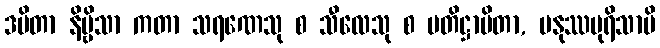
ဒမိတာ နိဗ္ဗိသာ ကတာ သရဏေသု စ သီလေသု စ ပတိဋ္ဌာပိတာ, မနုဿပုရိသာပိ